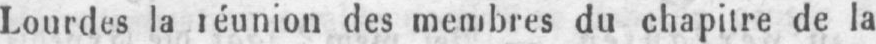
Lourdes la réunion des membres du chapitre de la